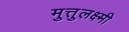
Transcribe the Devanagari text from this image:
मुत्तुलक्ष्मी